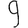
Digit: 9